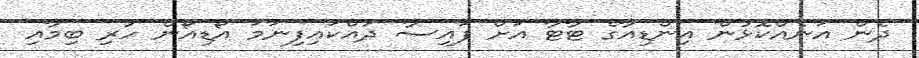
ދެން އަނެއްކޮޅުން އިންޑިއާގެ ޓާޓާ އަށް ފަައިސާ ދައްކައިފިނަމަ އޯޑިއޯން ހުރި ބިމާއި